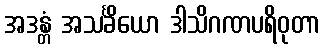
အဒန္တံ အသင်္ခိယော ဒါသိဂဏပရိဝုတာ